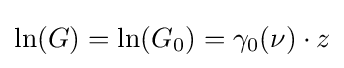
\ln(G)=\ln(G_{0})=\gamma _{0}(\nu )\cdot z